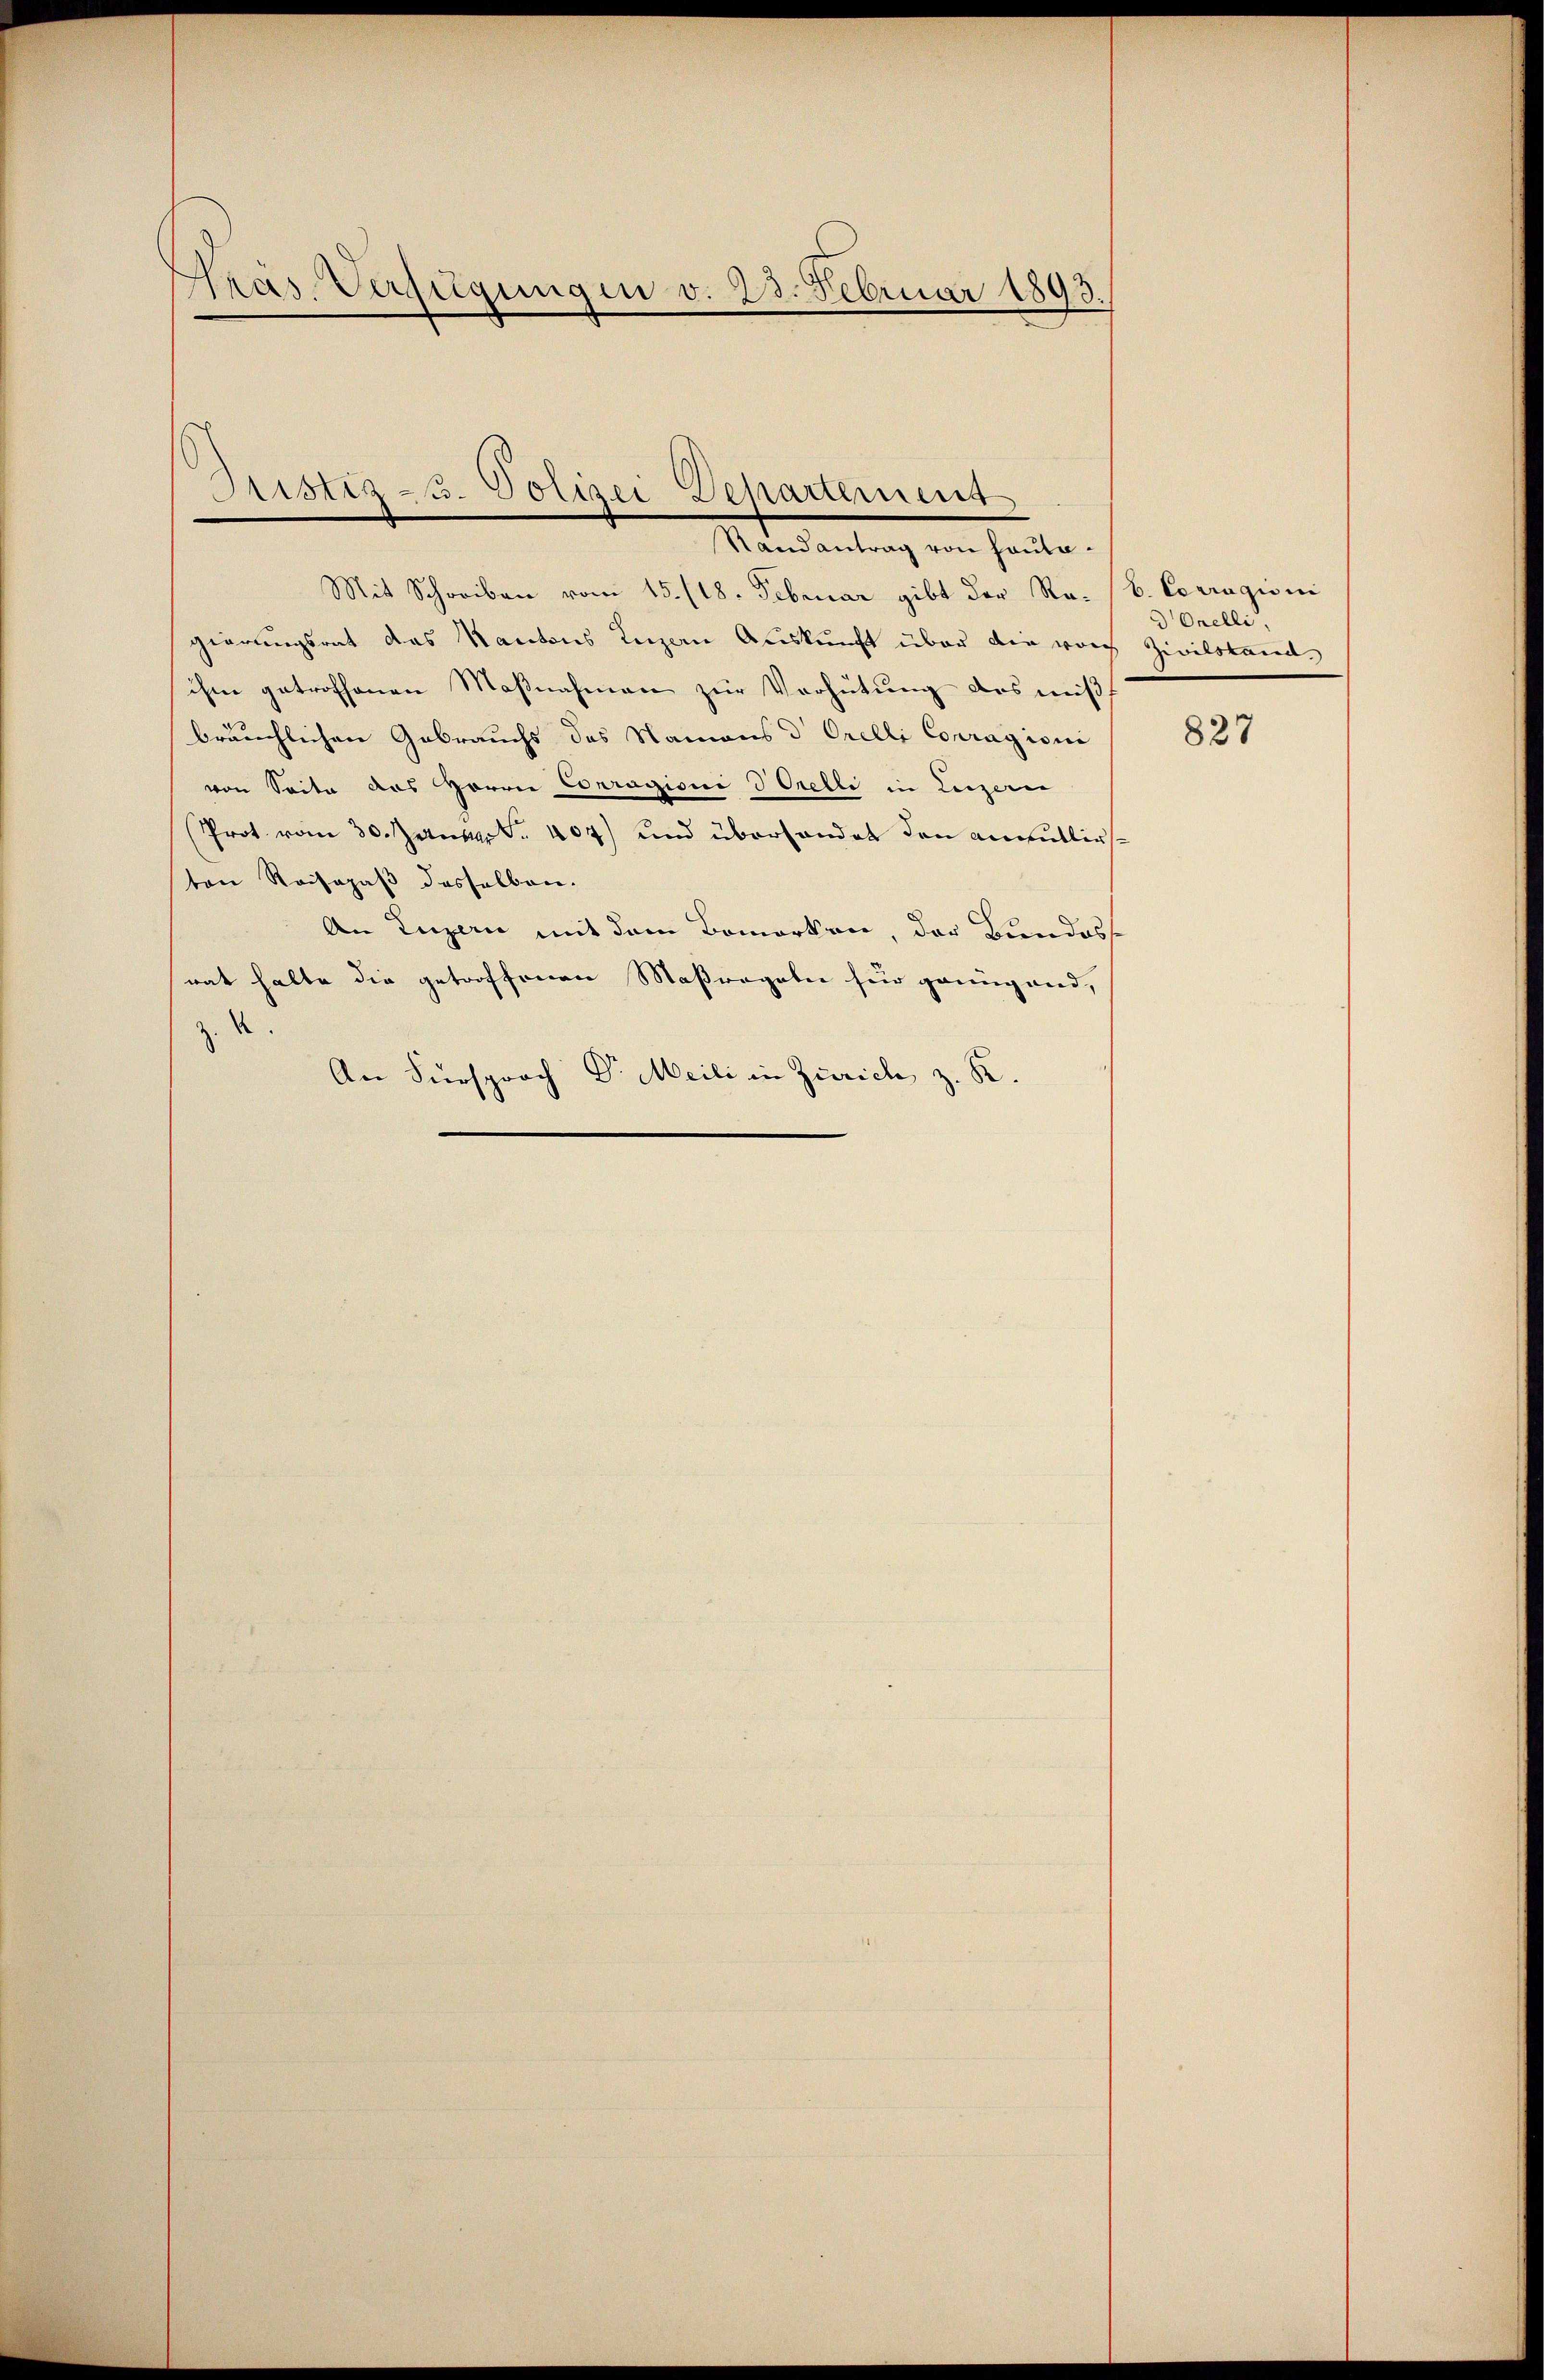
Präs. Verfügungen v. 23. Februar 1893.

Aristiz u. Polizei Departement
Randantrag von heute¬

Mit Schreiben vom 15. (18. Februar gibt der Ro. V. Corragioni
gierungsrat das Kantons Luzern Auskunft über die vor Zivilstand,
ihm getroffenen Maßnahmen zur Verhütung des mißf
bräuchlichen Gebrauchs des Namens d Orelli Conragion
von Seite des Herrn Corragioni Strelli in Luzern
Prot vom 30. Januar 1. 407) und überhandet den annullirsten Reisepaß desselben.
An Luzern mit dem Bemerken, der Bundess
rat halte die getroffenen Maßregeler für genügend,
e
An Fürsprach Dr Meili in Zürich z. R.

dOrelli,

827